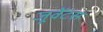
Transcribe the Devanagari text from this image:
जूवेंटस